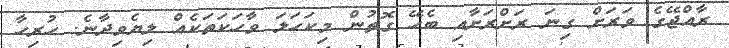
ރާއްޖޭގެ ވަރަށް ގިނަ ރަށްރަށާއި ބެހޭ ގޮތުން މިކަހަލަ ވާހަކަތަކެއް ލިޔެވިދާނެ. ހުރިހާ